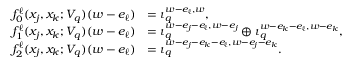
\begin{array} { r l } { f _ { 0 } ^ { \ell } ( x _ { j } , x _ { k } ; V _ { q } ) ( w - e _ { \ell } ) } & { = \iota _ { q } ^ { w - e _ { \ell } , w } , } \\ { f _ { 1 } ^ { \ell } ( x _ { j } , x _ { k } ; V _ { q } ) ( w - e _ { \ell } ) } & { = \iota _ { q } ^ { w - e _ { j } - e _ { \ell } , w - e _ { j } } \oplus \iota _ { q } ^ { w - e _ { k } - e _ { \ell } , w - e _ { k } } , } \\ { f _ { 2 } ^ { \ell } ( x _ { j } , x _ { k } ; V _ { q } ) ( w - e _ { \ell } ) } & { = \iota _ { q } ^ { w - e _ { j } - e _ { k } - e _ { \ell } , w - e _ { j } - e _ { k } } . } \end{array}